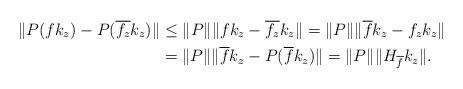
LaTeX: \begin{align*}\|P(fk_z)-P(\overline{f_z} k_z)\| &\leq \|P\| \|fk_z-\overline{f_z} k_z\| = \|P\| \|\overline{f}k_z -f_z k_z\| \\&= \|P\| \|\overline{f}k_z-P(\overline{f}k_z)\|=\|P\| \|H_{\overline{f}}k_z\|.\end{align*}